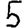
Digit: 5